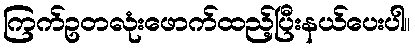
ကြက်ဥတလုံးဖောက်ထည့်ပြီးနယ်ပေးပါ။